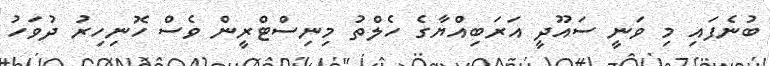
ބުނެފައި މި ވަނީ ސައޫދީ އަރަބިއްޔާގެ ހެލްތު މިނިސްޓްރީން ވެސް ހޮނިހިރު ދުވަހު